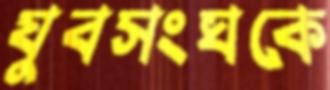
যুবসংঘকে